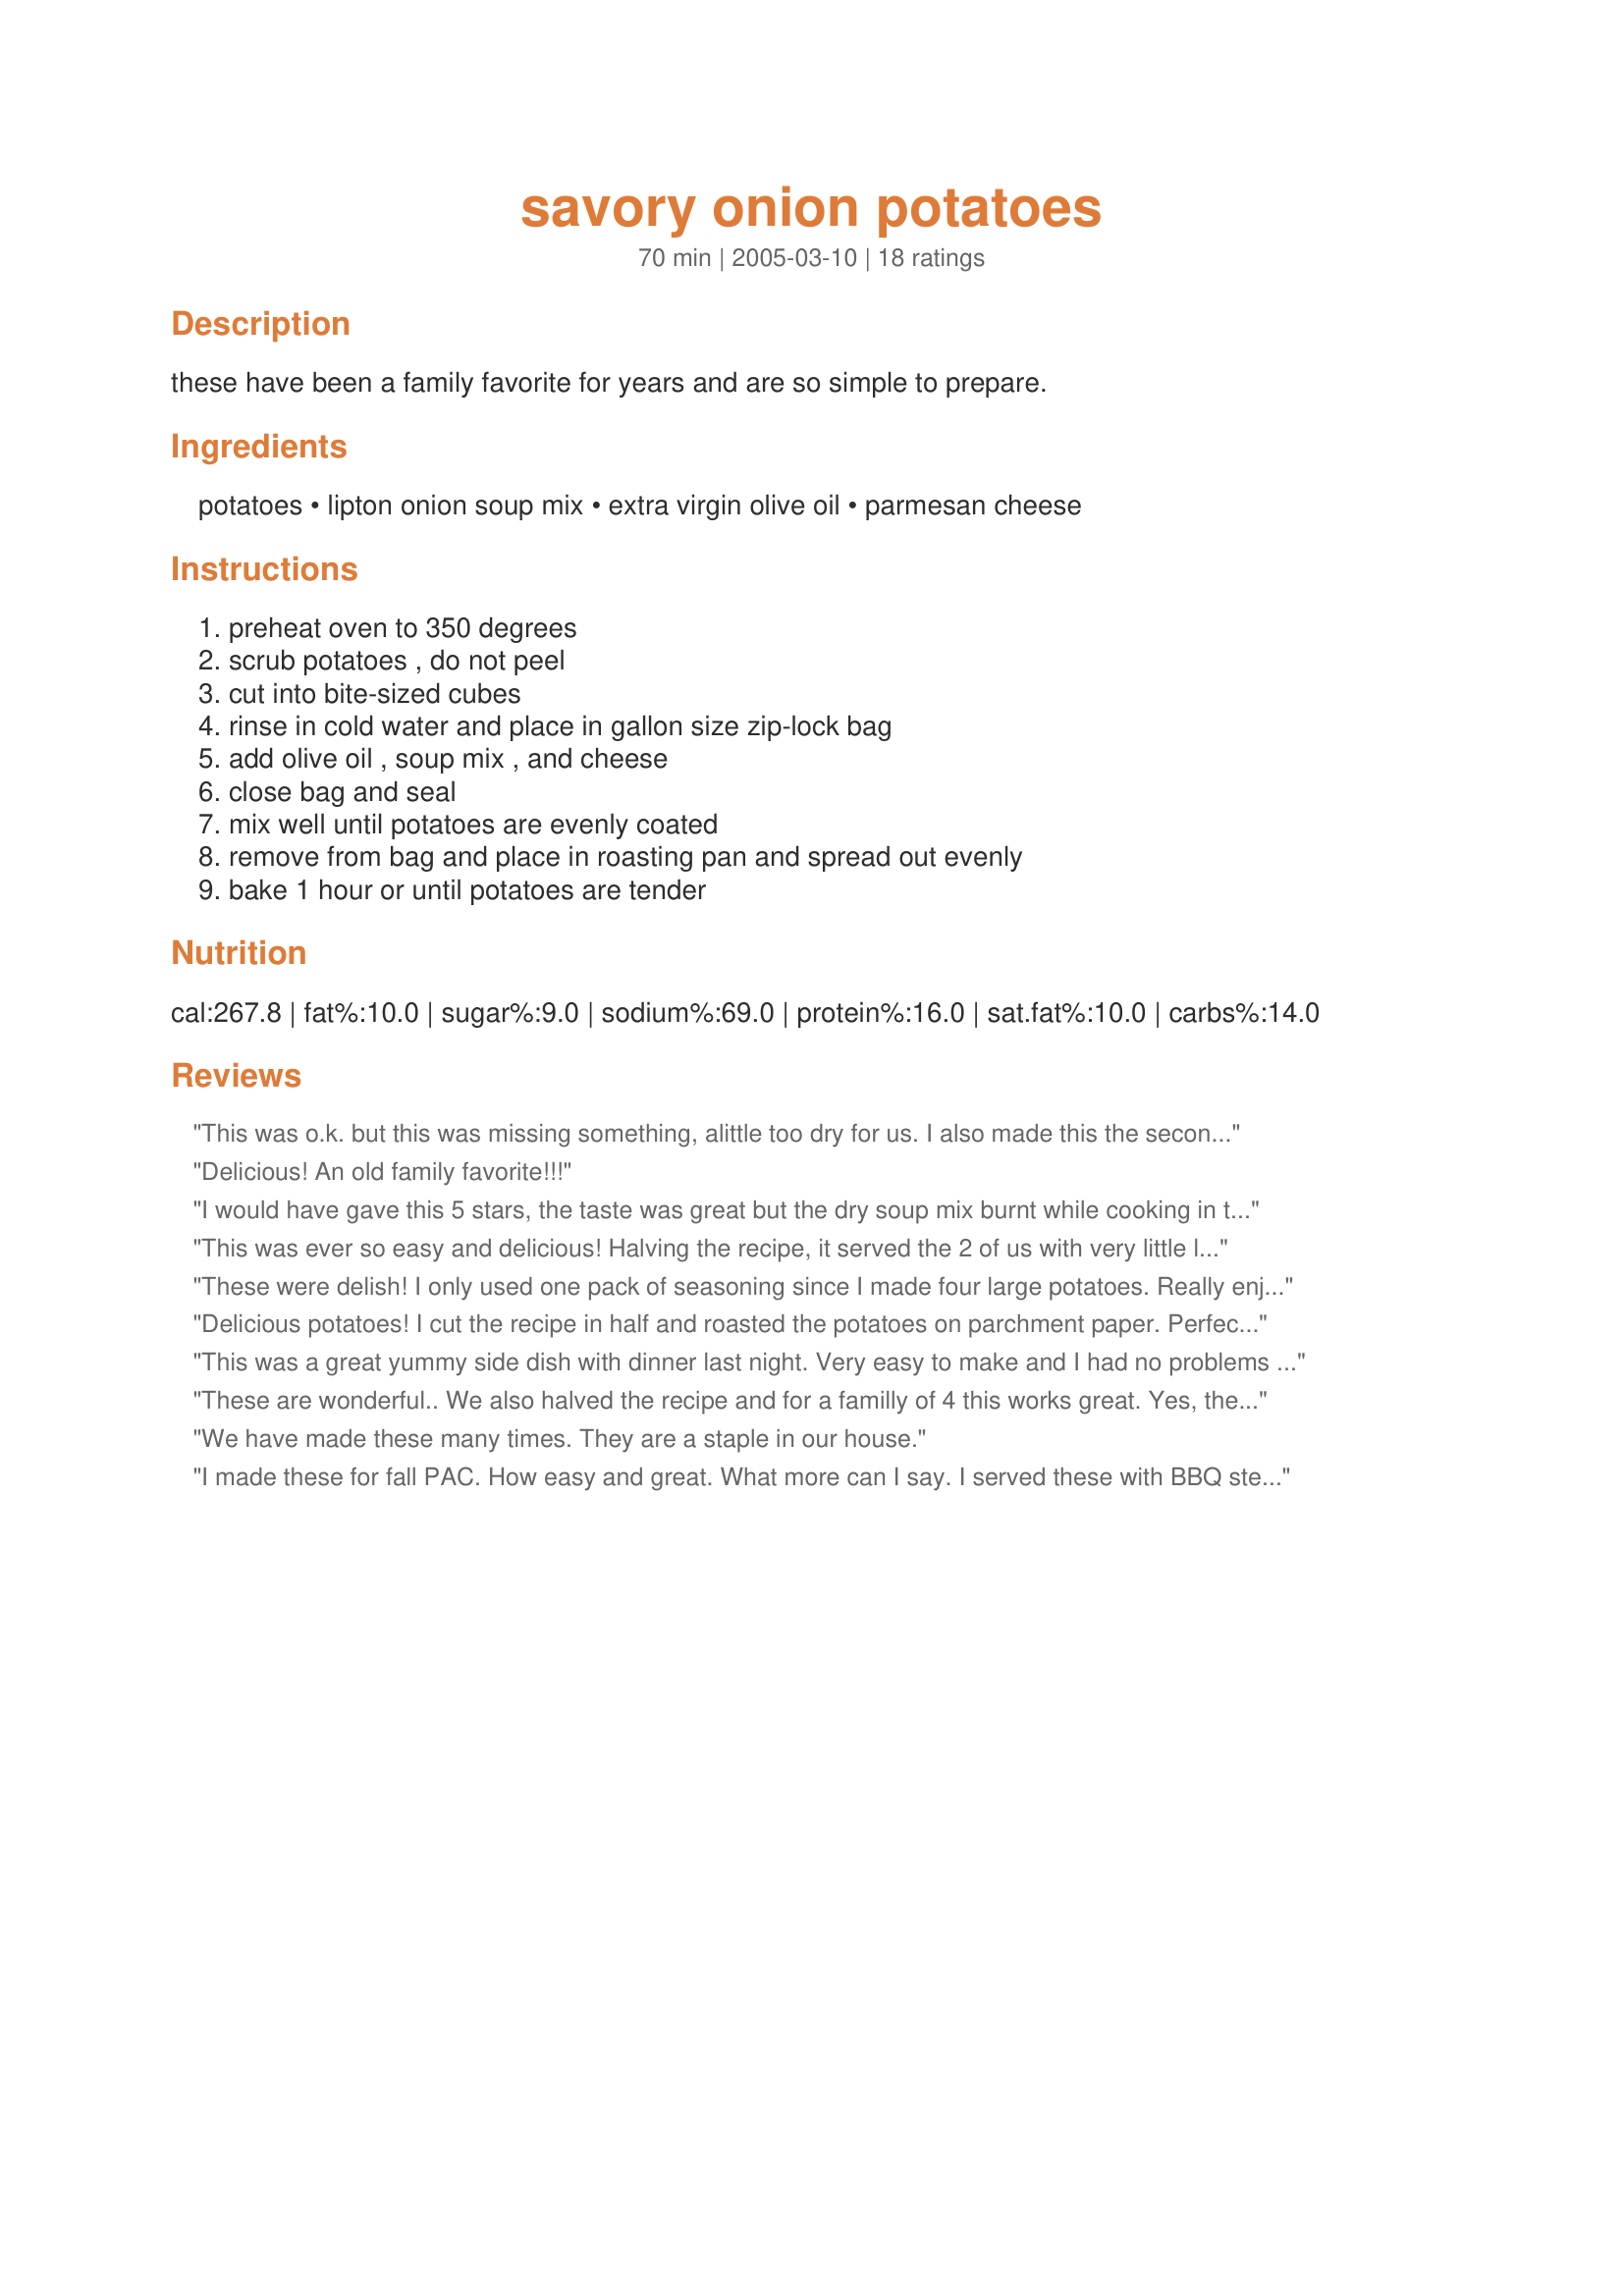
savory onion potatoes
Preparation time: 70 minutes

these have been a family favorite for years and are so simple to prepare.

Ingredients:
potatoes, lipton onion soup mix, extra virgin olive oil, parmesan cheese

Steps:
preheat oven to 350 degrees, scrub potatoes , do not peel, cut into bite-sized cubes, rinse in cold water and place in gallon size zip-lock bag, add olive oil , soup mix , and cheese, close bag and seal, mix well until potatoes are evenly coated, remove from bag and place in roasting pan and spread out evenly, bake 1 hour or until potatoes are tender

Reviews:
This was o.k. but this was missing something, alittle too dry for us. I also made this the second time on the grill and added butter instead of oil to the packet and came out better that way.
Delicious! An old family favorite!!!
I would have gave this 5 stars, the taste was great but the dry soup mix burnt while cooking in the oven, I also used black pepper...Kitten
This was ever so easy and delicious! Halving the recipe, it served the 2 of us with very little leftover. Thanks for posting the recipe!
These were delish! I only used one pack of seasoning since I made four large potatoes. Really enjoyed these. Everyone gobbled them up. Thanks for posting!
Delicious potatoes!
I cut the recipe in half and roasted the potatoes on parchment paper. Perfect flavored potatoes! Thank you Ann!!
This was a great yummy side dish with dinner last night. Very easy to make and I had no problems with sticking, but I did add a little extra oil as suggested. Thanks to my great Halloween swap partner and Exotic Epicurean friend! :)
These are wonderful.. We also halved the recipe and for a familly of 4 this works great. Yes, they do stick to the pan, so I think next time I will line the cookie sheet with foil. Thanks for posting! Another great recipe added to our rotation.
We have made these many times. They are a staple in our house.
I made these for fall PAC.
How easy and great. What more can I say. I served these with BBQ steak and your "awesome spinich salad" Thanks :)
Barbara
So simple and so good. I only used one envelope of onion soup for 4 medium potatoes and the flavor was perfect. Thank you.
So Simple and so good! I cut the recipe in half and I didn't have any problems with burning soup mix. Because of Kit's review, I made sure to keep the pan in the middle of the oven. Thanks ALSKann.
Great potatoes!! So simple and so tasty. Thanks Alskann.
Terrific ! I used only 1 enveloppe of Onion Soup mix instead of 2. We gobled the whole thing up in no time. I did find that the potatoes stuck to the pan, so the next time I will use a cookie sheet instead.
I did a half serving and used french onion soup mix, tasted great but I did find that my potatoes did stick to the pan a bit so would increase the oil by a little next time I think.
Awesome! Finally a roast potato recipe with real flavor! Easy and delicious. What more can you ask for?
I have been making these for several years and they are wonderful. Thanks for posting.
I use to make these all the time for my family. I don't know why I haven't made them lately. After seeing this recipe I will just have to start making them again. Thanks for reminding me of a great recipe! :)
